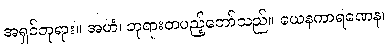
အရှင်ဘုရား။ အဟံ၊ ဘုရားတပည့်တော်သည်။ ယေနကာရဏေန၊